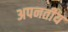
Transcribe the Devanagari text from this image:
अपनतीय